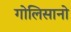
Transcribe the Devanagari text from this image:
गोलिसानो